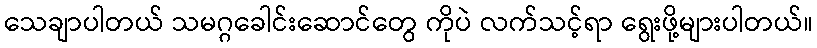
သေချာပါတယ် သမဂ္ဂခေါင်းဆောင်တွေ ကိုပဲ လက်သင့်ရာ ရွေးဖို့များပါတယ်။